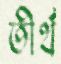
তীর্থ